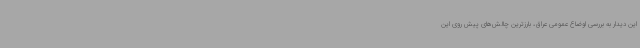
این دیدار به بررسی اوضاع عمومی عراق، بارزترین چالش‌های پیش روی این